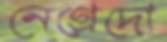
নেগ্রেদো